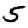
Digit: 5